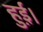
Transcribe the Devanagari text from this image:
हुई़ं।